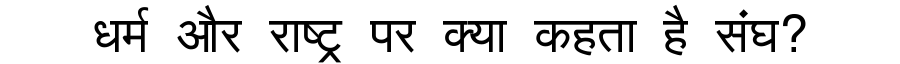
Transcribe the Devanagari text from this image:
धर्म और राष्ट्र पर क्या कहता है संघ?